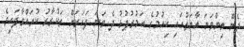
ދެން ތިންވަނަ އާޔަތުގައި ކިއުމުގެ އަމުރުފުޅު ދެ ވަނަ ފަހަރަށް ތަކުރާރު ކުރައްވާފައިވެ